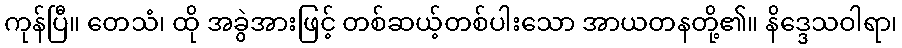
ကုန်ပြီ။ တေသံ၊ ထို အခွဲအားဖြင့် တစ်ဆယ့်တစ်ပါးသော အာယတနတို့၏။ နိဒ္ဒေသဝါရာ၊